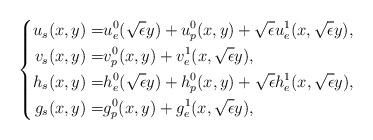
LaTeX: \begin{align*}\left \{\begin{aligned}u_s(x,y)=&u^0_e(\sqrt{\epsilon}y)+u^0_p(x,y)+\sqrt{\epsilon}u^1_e(x,\sqrt{\epsilon}y),\\v_s(x,y)=&v^0_p(x,y)+v^1_e(x,\sqrt{\epsilon }y),\\h_s(x,y)=&h^0_e(\sqrt{\epsilon}y)+h^0_p(x,y)+\sqrt{\epsilon}h^1_e(x,\sqrt{\epsilon}y),\\g_s(x,y)=&g^0_p(x,y)+g^1_e(x,\sqrt{\epsilon }y),\end{aligned}\right.\end{align*}